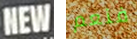
NEW فنعم